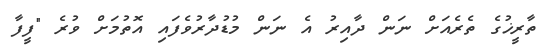
ތާރީޚުގެ ތެރެއަށް ނަން ދާއިރު އެ ނަން މުޑުދާރުވެފައި އޮތުމަށް ވުރެ "ފީފާ